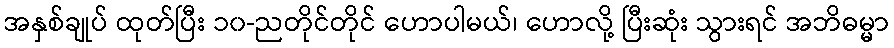
အနှစ်ချုပ် ထုတ်ပြီး ၁၀-ညတိုင်တိုင် ဟောပါမယ်၊ ဟောလို့ ပြီးဆုံး သွားရင် အဘိဓမ္မာ